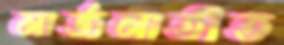
মার্জনাতীত